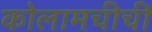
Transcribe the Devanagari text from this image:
कोलामचीची